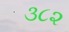
૩૮૨